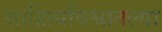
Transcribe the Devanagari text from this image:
साहित्यविश्वातल्या